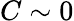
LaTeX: C\sim 0